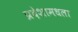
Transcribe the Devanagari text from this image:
प्रदेशामधला